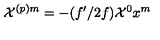
{ \cal X } ^ { ( p ) m } = - ( f ^ { \prime } / 2 f ) { \cal X } ^ { 0 } x ^ { m }